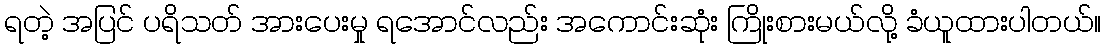
ရတဲ့ အပြင် ပရိသတ် အားပေးမှု ရအောင်လည်း အကောင်းဆုံး ကြိုးစားမယ်လို့ ခံယူထားပါတယ်။